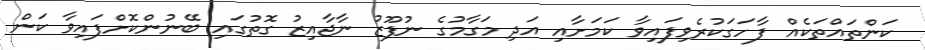
ކަންތައްތަކެއް ފާހަގަކުރެވިފައިވާ ކަމަށާއި އަދި މަގާމުގެ ނުފޫޒު ނާޖާއިޒު ގޮތުގައި ބޭނުންކޮށްފައިވާ ކަން